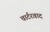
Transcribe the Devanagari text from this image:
चार्टरवाद